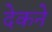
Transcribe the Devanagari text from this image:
देकने